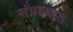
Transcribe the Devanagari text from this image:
संप्रदयात